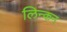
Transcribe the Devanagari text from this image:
लिन्कन